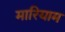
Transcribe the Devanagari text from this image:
मारियाम